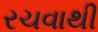
રચવાથી